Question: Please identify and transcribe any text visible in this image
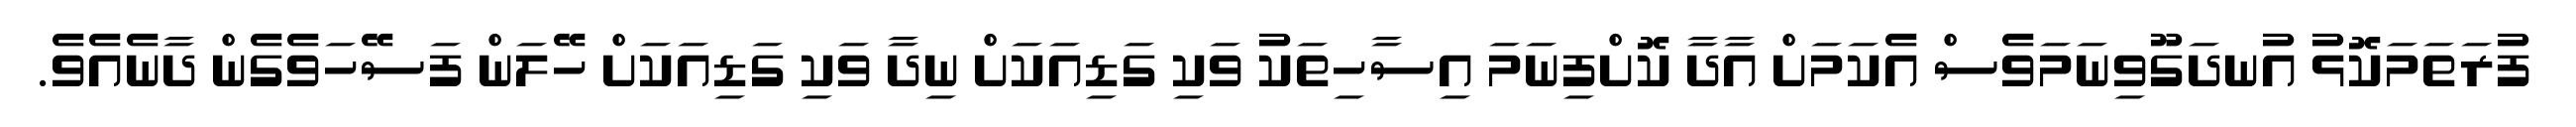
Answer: ފުރަތަމަކޮޅު އުނދަގޫވިނަމަވެސް އެކަމަށް އާދާ ކޮށްފިނަމަ އިސާހިތަކު ވަކި ގަޑިއަކަށް ނިދާ ވަކި ގަޑިއަކަށް ހޭލަން ފަސޭހަވެގެން ދާނެއެވެ.